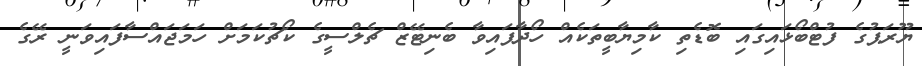
ޔޫރަޕުގެ ފުޓްބޯޅައިގައި ބޮޑެތި ކާމިޔާބީތަކެއް ހޯދާފައިވާ ބެނިޓޭޒް ޗެލްސީގެ ކޯޗުކަމަށް ހަމަޖައްސާފައިވަނީ ރޭގެ